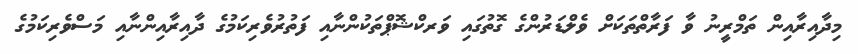
މިދާއިރާއިން ތަމްރީނު ވާ ފަރާތްތަކަށް ވެލްޑަރުންގެ ގޮތުގައި ވަރކްޝޮޕްތަކުންނާއި ފަތުރުވެރިކަމުގެ ދާއިރާއިންނާއި މަސްވެރިކަމުގެ